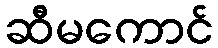
ဆီမကောင်